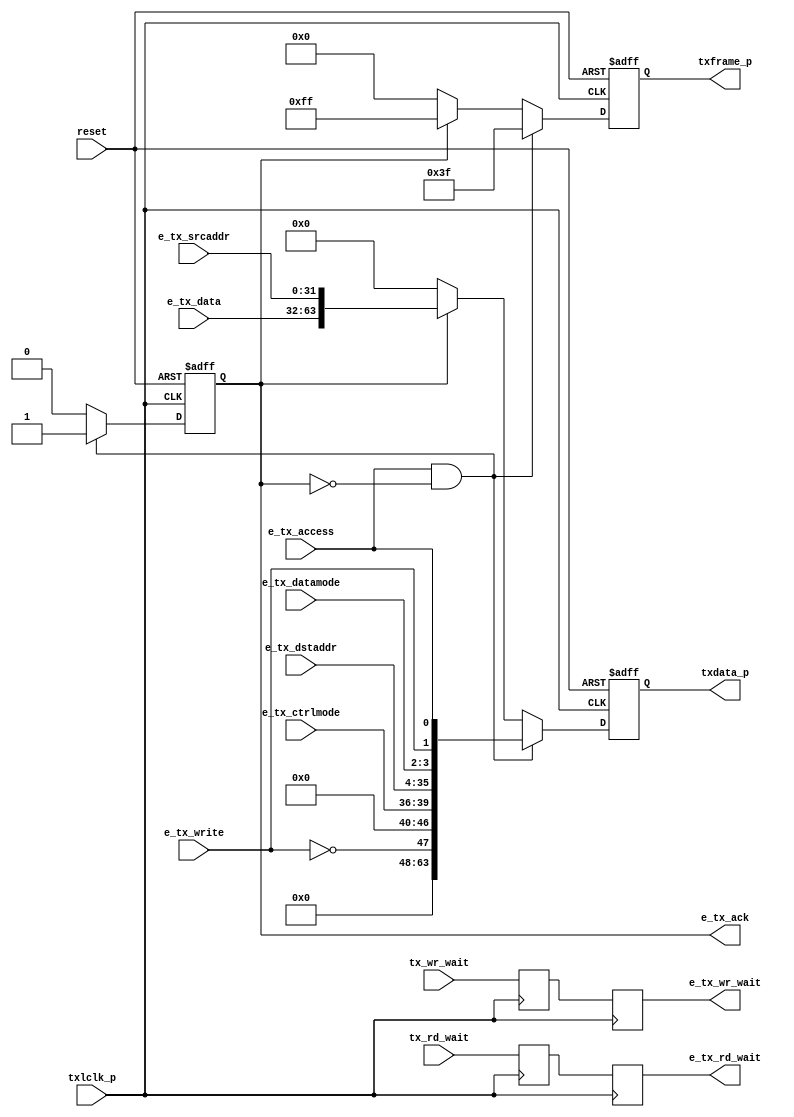
module e_tx_protocol (/*AUTOARG*/
   // Outputs
   e_tx_rd_wait, e_tx_wr_wait, e_tx_ack, txframe_p, txdata_p,
   // Inputs
   reset, e_tx_access, e_tx_write, e_tx_datamode, e_tx_ctrlmode,
   e_tx_dstaddr, e_tx_srcaddr, e_tx_data, txlclk_p, tx_rd_wait,
   tx_wr_wait
   );

   // System reset input
   input         reset;

   // Input from TX Arbiter
   input         e_tx_access;
   input         e_tx_write;
   input [1:0]   e_tx_datamode;
   input [3:0]   e_tx_ctrlmode;
   input [31:0]  e_tx_dstaddr;
   input [31:0]  e_tx_srcaddr;
   input [31:0]  e_tx_data;
   output        e_tx_rd_wait;
   output        e_tx_wr_wait;
   output        e_tx_ack;
   
   // Parallel interface, 8 eLink bytes at a time
   input         txlclk_p; // Parallel-rate clock from eClock block
   output [7:0]  txframe_p;
   output [63:0] txdata_p;
   input         tx_rd_wait;  // The wait signals are passed through
   input         tx_wr_wait;  // to the emesh interfaces
   
   //#############
   //# Configuration bits
   //#############

   //############
   //# Local regs & wires
   //############
   reg           e_tx_ack;  // Acknowledge transaction
   reg [7:0]     txframe_p;
   reg [63:0]    txdata_p;
   
   //############
   //# Logic
   //############

   // TODO: Bursts

   always @( posedge txlclk_p or posedge reset ) begin

      if( reset ) begin

         e_tx_ack    <= 1'b0;
         txframe_p   <= 'd0;
         txdata_p    <= 'd0;

      end else begin

         if( e_tx_access & ~e_tx_ack ) begin

            e_tx_ack  <= 1'b1;
            txframe_p <= 8'h3F;
            txdata_p  <=
               { 8'd0,  // Not used
                 8'd0,
                 ~e_tx_write, 7'd0,   // B0- TODO: For bursts, add the inc bit
                 e_tx_ctrlmode, e_tx_dstaddr[31:28], // B1
                 e_tx_dstaddr[27:4],  // B2, B3, B4
                 e_tx_dstaddr[3:0], e_tx_datamode, e_tx_write, e_tx_access // B5
                 };
         end else if( e_tx_ack ) begin // if ( e_tx_access & ~e_tx_ack )

            e_tx_ack  <= 1'b0;
            txframe_p <= 8'hFF;
            txdata_p  <= { e_tx_data, e_tx_srcaddr };
            
         end else begin

            e_tx_ack    <= 1'b0;
            txframe_p <= 8'h00;
            txdata_p  <= 64'd0;

         end

      end // else: !if( reset )
   end // always @ ( posedge txlclk_p or reset )
   
   //#############################
   //# Wait signals
   //#############################

   reg     rd_wait_sync;
   reg     wr_wait_sync;
   reg     e_tx_rd_wait;
   reg     e_tx_wr_wait;
   
   always @( posedge txlclk_p ) begin
      rd_wait_sync <= tx_rd_wait;
      e_tx_rd_wait <= rd_wait_sync;
      wr_wait_sync <= tx_wr_wait;
      e_tx_wr_wait <= wr_wait_sync;
   end
            
endmodule